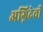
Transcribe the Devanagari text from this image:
अग्निदेवी